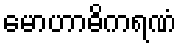
မောဟာဓိကရဏံ